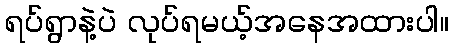
ရပ်ရွာနဲ့ပဲ လုပ်ရမယ့်အနေအထားပါ။